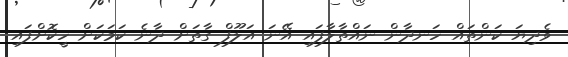
ވެދިޔަ ކަންތައް ހަނދާން ނައްތާލާފައި އޭނަ އަލޫފް ގާތަށް ދާނެ ކަމަކަށް ހީކޮށްފައި